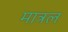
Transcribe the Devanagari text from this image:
मात्रल